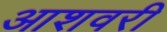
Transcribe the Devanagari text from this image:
आशवरी